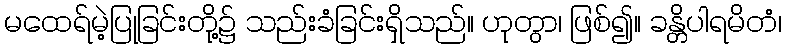
မထေရ်မဲ့ပြုခြင်းတို့၌ သည်းခံခြင်းရှိသည်။ ဟုတွာ၊ ဖြစ်၍။ ခန္တိပါရမိတံ၊